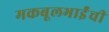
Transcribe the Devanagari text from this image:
मकबूलभाईंची